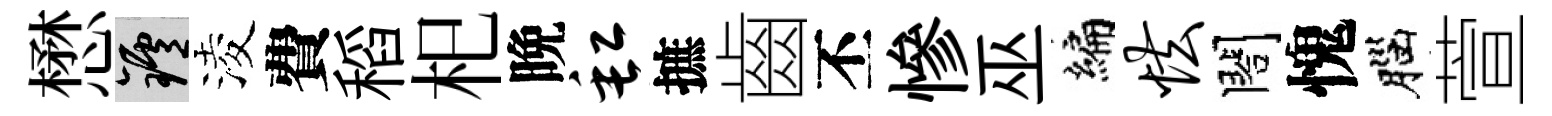
懋爐淩費稻𣏌晩缸摭齒丕慘巫編怯閤愧腦萱